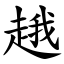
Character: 䞲